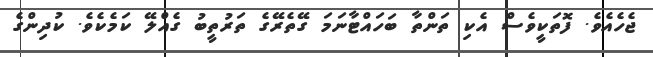
ޖެހެއެވެ. ފޮތަކީވެސް އެކި ތަންތާ ބަހައްޓާނަމަ ގޭތެރޭގެ ތަރުތީބު ގެއްލޭ ކަމެކެވެ. ކުދިންގެ